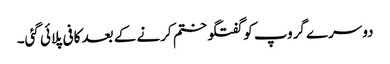
دوسرے گروپ کو گفتگو ختم کرنے کے بعد کافی پلائی گئی۔